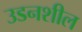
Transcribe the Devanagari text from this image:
उडनशील